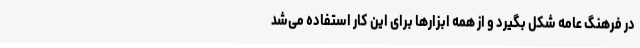
در فرهنگ عامه شکل بگیرد و از همه ابزارها برای این کار استفاده می‌شد